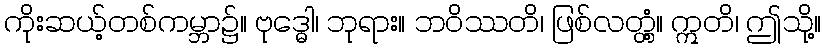
ကိုးဆယ့်တစ်ကမ္ဘာ၌။ ဗုဒ္ဓေါ၊ ဘုရား။ ဘဝိဿတိ၊ ဖြစ်လတ္တံ့။ ဣတိ၊ ဤသို့။